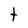
Character: t